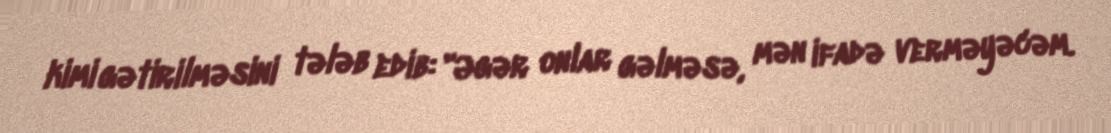
kimi gətirilməsini tələb edib: "Əgər onlar gəlməsə, mən ifadə verməyəcəm.